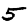
Digit: 5